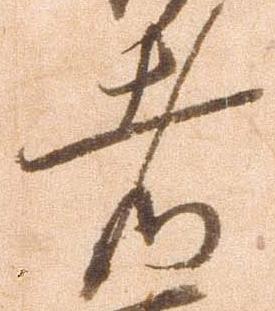
者